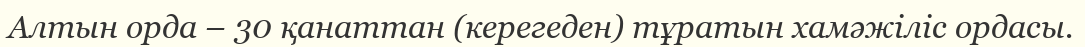
Алтын орда – 30 қанаттан (керегеден) тұратын хамәжіліс ордасы.